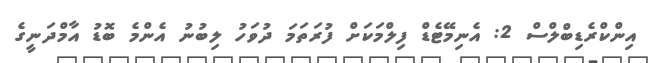
އިންކްރެޑިބްލްސް 2: އެނިމޭޓެޑް ފިލްމަކަށް ފުރަތަމަ ދުވަހު ލިބުނު އެންމެ ބޮޑު އާމްދަނީގެ